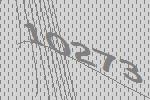
10273